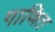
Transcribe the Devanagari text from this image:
गाणित